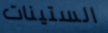
الستينات